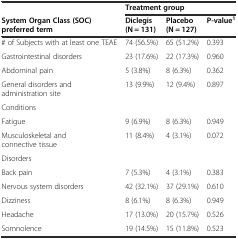
|  | <COLSPAN=3> Treatment group |
 | System Organ Class (SOC) preferred term | Diclegis (N = 131) | Placebo (N = 127) | P-value1 |
 | --- | --- | --- | --- |
 | # of Subjects with at least one TEAE | 74 (56.5%) | 65 (51.2%) | 0.393 |
 | Gastrointestinal disorders | 23 (17.6%) | 22 (17.3%) | 0.960 |
 | Abdominal pain | 5 (3.8%) | 8 (6.3%) | 0.362 |
 | General disorders and administration site | 13 (9.9%) | 12 (9.4%) | 0.897 |
 | Conditions |  |  |  |
 | Fatigue | 9 (6.9%) | 8 (6.3%) | 0.949 |
 | Musculoskeletal and connective tissue | 11 (8.4%) | 4 (3.1%) | 0.072 |
 | Disorders |  |  |  |
 | Back pain | 7 (5.3%) | 4 (3.1%) | 0.383 |
 | Nervous system disorders | 42 (32.1%) | 37 (29.1%) | 0.610 |
 | Dizziness | 8 (6.1%) | 8 (6.3%) | 0.949 |
 | Headache | 17 (13.0%) | 20 (15.7%) | 0.526 |
 | Somnolence | 19 (14.5%) | 15 (11.8%) | 0.523 |